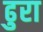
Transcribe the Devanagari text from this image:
ढुरा